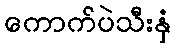
ကောက်ပဲသီးနှံ